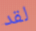
لقد